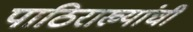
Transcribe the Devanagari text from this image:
पाठिराख्यांची